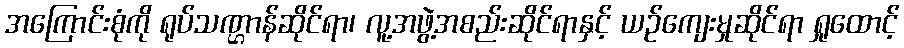
အကြောင်းစုံကို ရုပ်သဏ္ဌာန်ဆိုင်ရာ၊ လူ့အဖွဲ့အစည်းဆိုင်ရာနှင့် ယဉ်ကျေးမှုဆိုင်ရာ ရှုထောင့်